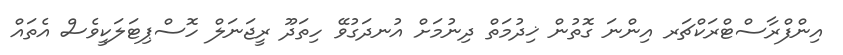
އިންފްރާސްޓްރަކްޗަރ އިންނަ ގޮތުން ޚިދުމަތް ދިނުމަށް އުނދަގުވޭ ހިތަދޫ ރީޖަނަލް ހޮސްޕިޓަލަކީވެސް އެތައް